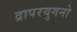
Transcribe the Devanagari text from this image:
द्रापरयुगनो